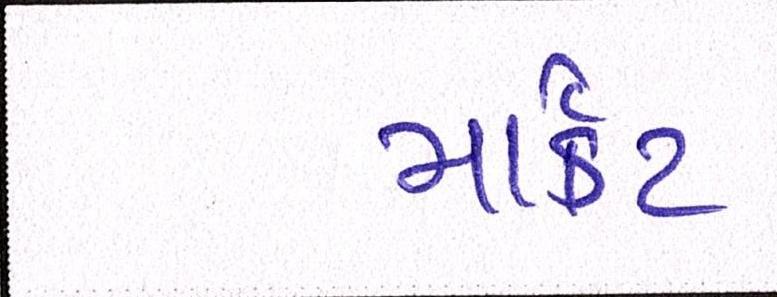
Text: માર્ક઼ટ